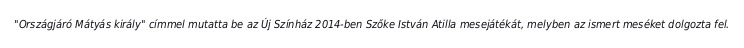
"Országjáró Mátyás király" címmel mutatta be az Új Színház 2014-ben Szőke István Atilla mesejátékát, melyben az ismert meséket dolgozta fel.